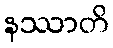
နဿာတိ